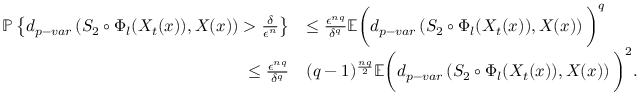
\begin{array} { r l } { \mathbb { P } \left\{ d _ { p - v a r } \left( S _ { 2 } \circ \Phi _ { l } ( X _ { t } ( x ) ) , \boldsymbol { X } ( x ) \right) > \frac { \delta } { \epsilon ^ { n } } \right\} } & { \leq \frac { \epsilon ^ { n q } } { \delta ^ { q } } \mathbb { E } \bigg ( d _ { p - v a r } \left( S _ { 2 } \circ \Phi _ { l } ( X _ { t } ( x ) ) , \boldsymbol { X } ( x ) \right) \bigg ) ^ { q } } \\ { \leq \frac { \epsilon ^ { n q } } { \delta ^ { q } } } & { ( q - 1 ) ^ { \frac { n q } { 2 } } \mathbb { E } \bigg ( d _ { p - v a r } \left( S _ { 2 } \circ \Phi _ { l } ( X _ { t } ( x ) ) , \boldsymbol { X } ( x ) \right) \bigg ) ^ { 2 } . } \end{array}